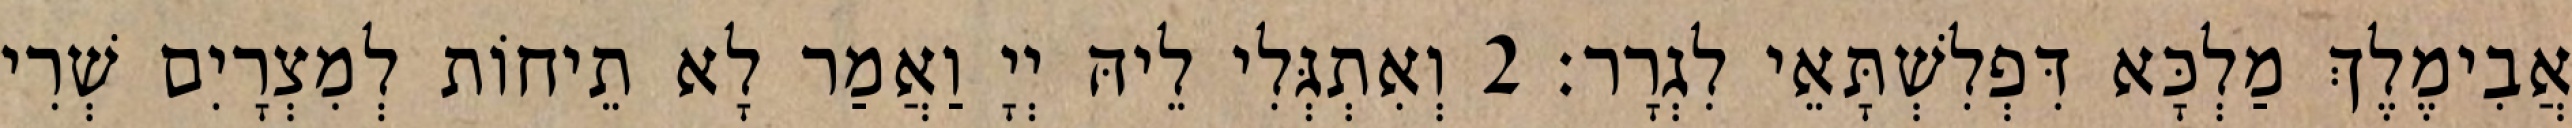
אֲבִימֶלֶךְ מַלְכָּא דִּפְלִשְׁתָּאֵי לִגְרָר׃ 2 וְאִתְגְּלִי לֵיהּ יְיָ וַאֲמַר לָא תֵיחוֹת לְמִצְרָיִם שְׁרִי